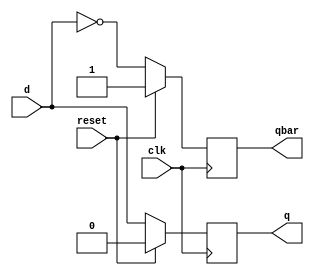
`timescale 1ns / 1ps
//////////////////////////////////////////////////////////////////////////////////
// Company: 
// Engineer: 
// 
// Design Name: 
// Module Name: D_flipflop
// Project Name: 
// Target Devices: 
// Tool Versions: 
// Description: 
// 
// Dependencies: 
// 
// Revision:
// Revision 0.01 - File Created
// Additional Comments:
// 
//////////////////////////////////////////////////////////////////////////////////


module D_flipflop(
input clk,reset,d,
output reg q,
output reg qbar
);

always@(posedge clk)
begin
if (reset)
begin
q <= 0;
qbar <= 1;
end
else
begin
q <= d;
qbar <= ~d;
end
end
endmodule